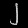
Digit: ၂